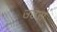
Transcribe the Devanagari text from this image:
उठसे